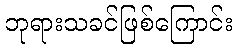
ဘုရားသခင်ဖြစ်ကြောင်း